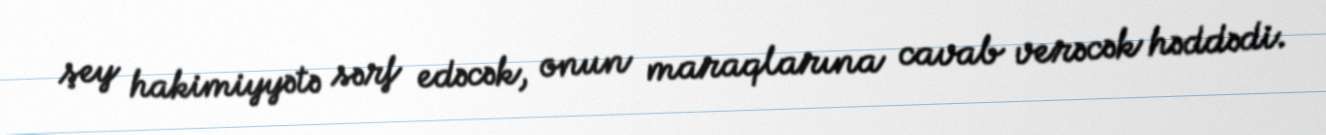
şey hakimiyyətə sərf edəcək, onun maraqlarına cavab verəcək həddədi.